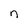
Character: n